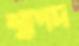
শ্বাপদ